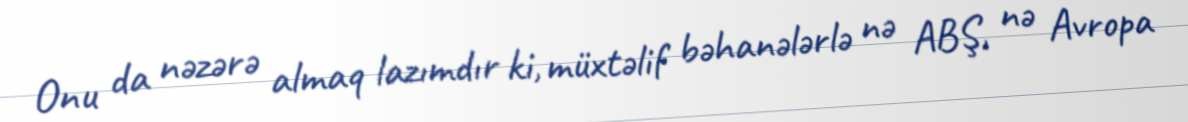
Onu da nəzərə almaq lazımdır ki, müxtəlif bəhanələrlə nə ABŞ, nə Avropa